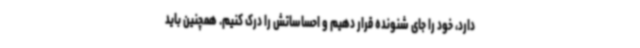
دارد، خود را جای شنونده قرار دهیم و احساساتش را درک کنیم. همچنین باید